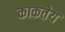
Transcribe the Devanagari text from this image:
काकतेय